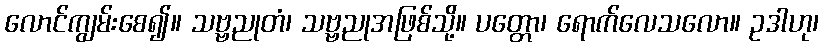
လောင်ကျွမ်းစေ၍။ သဗ္ဗညုတံ၊ သဗ္ဗညုအဖြစ်သို့။ ပတ္တော၊ ရောက်လေသလော။ ဥဒါဟု၊